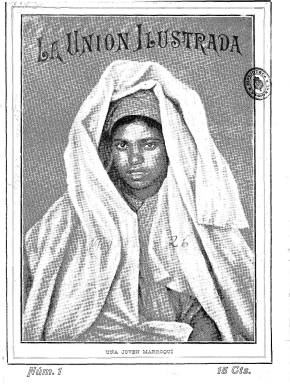
Título: La Unión ilustrada
Colección: Revistas de información general
Ámbito geográfico: Málaga
Lugar de publicación: Málaga
Fechas: 05/09/1909-12/04/1931

Es considerada como la mejor revista gráfica andaluza del primer tercio del siglo veinte, que llegará a alcanzar una amplia difusión en España y América. En su marco geográfico cuenta con el antecedente de la Ilustración andaluza (1879-1880) y en su fundación y edición con la gran cobertura de un empresario de origen catalán, José Creixell Olivella, propietario de la imprenta La Unión Mercantil, que ya había ya dado nombre al también máximo exponente del periodismo moderno en Málaga con el diario del mismo nombre: La unión mercantil (1886-1936), que llegará a disponer de la primera rotativa de la localidad. El magazín La unión ilustrada será asimismo exponente del moderno periodismo gráfico que en Madrid venía desarrollándose a través de revistas como Blanco y negro (1891), Nuevo mundo (1894) o Mundo gráfico (1911).

Se trata de un semanario de periodicidad semanal (el día de salida fue variando con el tiempo), que publica su primer número el cinco de septiembre de 1909. Sus entregas serán de paginación variada, desde la veintena del principio hasta alcanzar las 52 en vísperas de la proclamación de la II República Española. Sus dieciséis páginas centrales las dedicará íntegramente a la información gráfica –llegará a contar con taller propio de fotograbado-, que estructurará en temas de actualidad, ecos de sociedad, espectáculos o asuntos locales, regionales, españoles y extranjeros, fotograbados que combinará con las páginas de textos literarios y de entretenimiento, con artículos de fondo, crónicas y reportajes. A partir del 25 de febrero de 1912 introducirá el color en los fotograbados de su cubierta y a partir de 1930 distribuye fotografías también por todas las páginas de la revista.

Su subtítulo también fue variando, desde revista artístico-literaria a semanario de información gráfica, y sus contenidos se van estructurando con secciones que va dedicando a la actualidad local, regional, nacional y extranjera, a teatro, deportes, modas, bibliografía, cine o música, o con epígrafes como Páginas modernistas, Galería de artistas, Crónica taurina, Sección femenina o Los poetas. También publicará folletines y tendrá una sección infantil y otra de pequeños anuncios. La inserción de publicidad es también abundante.

El éxito de la publicación fue extendiéndose y afianzándose, de tal suerte que si en 1913 había alcanzado ya una tirada ordinaria de unos 15.000 ejemplares, las estadísticas de 1920 y 1927, indican una tirada de 32.000 y 42.000 ejemplares semanales, respectivamente, de los que casi un tercio se difundían fuera de su marco geográfico local, mientras que las tiradas del diario La unión mercantil lo eran de 28.000 y 35.000 ejemplares, respectivamente.

Como señalan Juan A. García Galindo y Manuel Morales Muñoz (1996 y 1999), que llevan a cabo un estudio de los primeros años de la revista, su espíritu fue cada vez más conservador, al igual que el citado diario de la misma empresa editora, que con la constitución del régimen republicano defenderá los postulados de la Coalición Monárquica.

Su primer director es Pedro Alfaro Gutiérrez, al que le siguieron José Navas Ramírez y Antonio Creixell y de Pablo Blanco. Entre sus redactores y colaboradores, muchos de ellos también del diario, estuvieron Telmo Luco, José Sánchez Rodríguez, Ramiro Blanco, F. Ramírez, J. Casaux España, Fernando Durán Souza, Serafín y Joaquín Álvarez Quintero, Jacinto Benavente, Concha Espina, Pedro Alfaro, Arturo Reyes, Narciso Díaz Escobar, Salvador Rueda o Manuel Altolaguirre Palma, entre otros muchos. Entre sus fotógrafos, Demetrio López, C. Gutiérrez, T. Díaz, Moroder, Almendro, Nogales, Delius o Luque. Y entre sus dibujantes, con Antonio Pons, Mullor, Sepúlveda o Fran-Kelo. Desde 1918, llega a tener una delegación en Madrid, a cargo de Álvaro Retamar (apareciendo desde entonces también esta ciudad como lugar de edición), y desde 1926, otra en Sevilla. Cuenta también con los servicios fotográficos de la Agencia Navas y la Agencia Gráfica, llegando a fundar una propia. Y contó asimismo con corresponsales en Argentina, Chile, Cuba, Estados Unidos y Canadá.

El 1.127 es el último número de este título en la colección de la Biblioteca Nacional de España, correspondiente, en su vigésimo tercer año de edición, al 12 de abril de 1931. Su salida de suspende en esta fecha por un conflicto laboral.